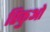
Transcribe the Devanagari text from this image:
रिकुओ